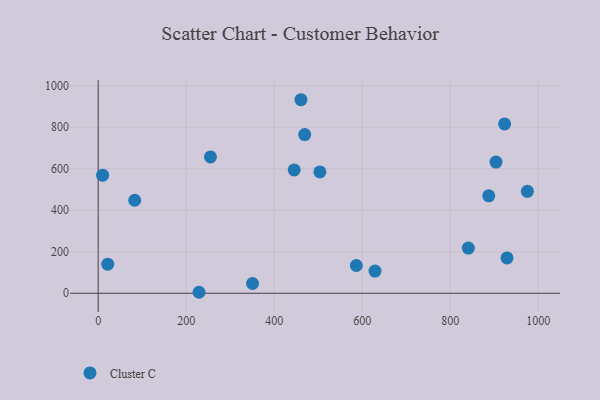
{"axis": {"x": "Ad Spend", "y": "Exam Score"}, "legend": ["Cluster C"], "data": [{"x": "469.2", "y": 764.6, "type": "Cluster C"}, {"x": "928.9", "y": 170.4, "type": "Cluster C"}, {"x": "255.1", "y": 656.9, "type": "Cluster C"}, {"x": "840.9", "y": 217.9, "type": "Cluster C"}, {"x": "350.7", "y": 47.1, "type": "Cluster C"}, {"x": "503.7", "y": 584.3, "type": "Cluster C"}, {"x": "975.1", "y": 491.0, "type": "Cluster C"}, {"x": "923.4", "y": 815.5, "type": "Cluster C"}, {"x": "10.1", "y": 568.9, "type": "Cluster C"}, {"x": "903.8", "y": 632.2, "type": "Cluster C"}, {"x": "628.9", "y": 106.7, "type": "Cluster C"}, {"x": "586.5", "y": 133.7, "type": "Cluster C"}, {"x": "445.3", "y": 594.3, "type": "Cluster C"}, {"x": "460.7", "y": 932.3, "type": "Cluster C"}, {"x": "21.7", "y": 140.0, "type": "Cluster C"}, {"x": "887.3", "y": 469.4, "type": "Cluster C"}, {"x": "229.2", "y": 4.8, "type": "Cluster C"}, {"x": "83.0", "y": 448.0, "type": "Cluster C"}]}